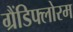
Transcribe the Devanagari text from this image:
ग्रैंडिफ्लोरम